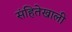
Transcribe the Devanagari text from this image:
संहितेखाली